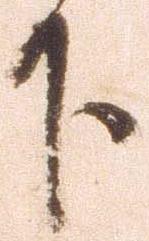
下